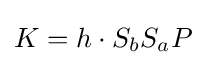
K=h\cdot S_{b}S_{a}P